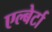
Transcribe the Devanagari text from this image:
एल्बेर्टा